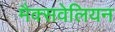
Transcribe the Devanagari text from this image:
मैक्सवेलियन